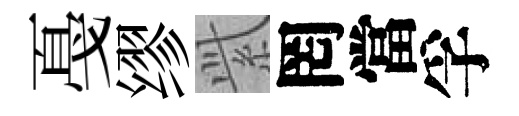
戞缪𬗋罔當孚